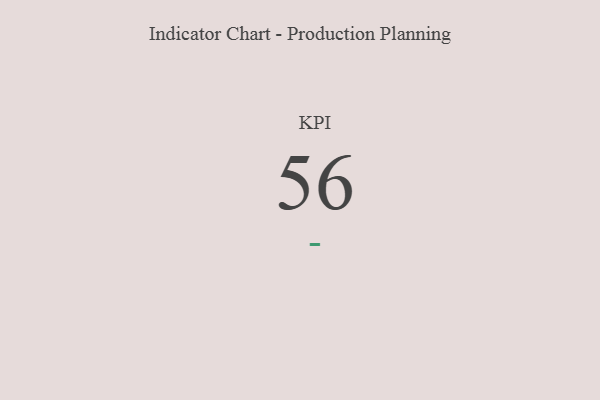
{"axis": {"x": "KPI", "y": "Value"}, "legend": [""], "data": [{"x": "KPI", "y": 56, "type": ""}]}